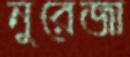
নুরেজা